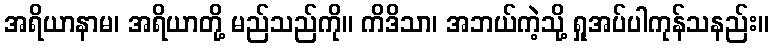
အရိယာနာမ၊ အရိယာတို့ မည်သည်ကို။ ကိဒိသာ၊ အဘယ်ကဲ့သို့ ရှုအပ်ပါကုန်သနည်း။